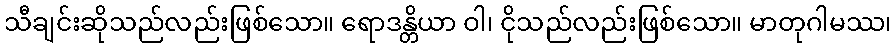
သီချင်းဆိုသည်လည်းဖြစ်သော။ ရောဒန္တိယာ ဝါ၊ ငိုသည်လည်းဖြစ်သော။ မာတုဂါမဿ၊